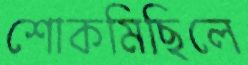
শোকমিছিলে